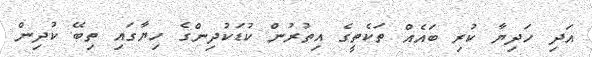
އަދި ހަދިޔާ ކުރި ބައެއް ތަކެތީގެ އިތުރުން ކުޑަކުދިންގެ ހިޔާގައި ތިބޭ ކުދިން